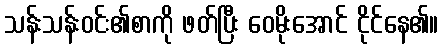
သန်းသန်းဝင်း၏စာကို ဖတ်ပြီး ဝေမိုးအောင် ငိုင်နေ၏။